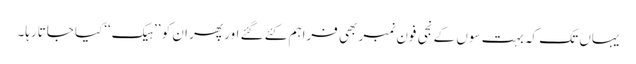
یہاں تک کہ بہت سوں کے نجی فون نمبر بھی فراہم کئے گئے اور پھر ان کو ’’ہیک‘‘کیا جاتارہا۔